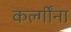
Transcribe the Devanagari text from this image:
कर्ल्गींना